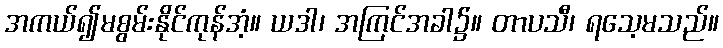
အကယ်၍မစွမ်းနိုင်ကုန်အံ့။ ယဒါ၊ အကြင်အခါ၌။ တာပသီ၊ ရသေ့မသည်။